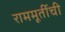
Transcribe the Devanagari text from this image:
राममूर्तीची